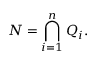
N = \bigcap _ { i = 1 } ^ { n } Q _ { i } .